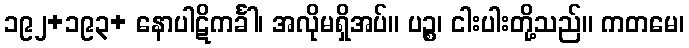
၁၉၂+၁၉၃+ နောပါဋိကင်္ခါ၊ အလိုမရှိအပ်။ ပဉ္စ၊ ငါးပါးတို့သည်။ ကတမေ၊